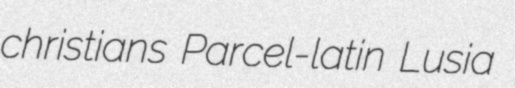
christians Parcel-latin Lusia